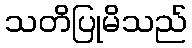
သတိပြုမိသည်